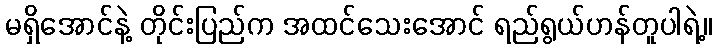
မရှိအောင်နဲ့ တိုင်းပြည်က အထင်သေးအောင် ရည်ရွယ်ဟန်တူပါရဲ့။